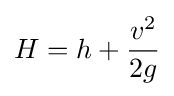
H=h+{\frac {v^{2}}{2g}}